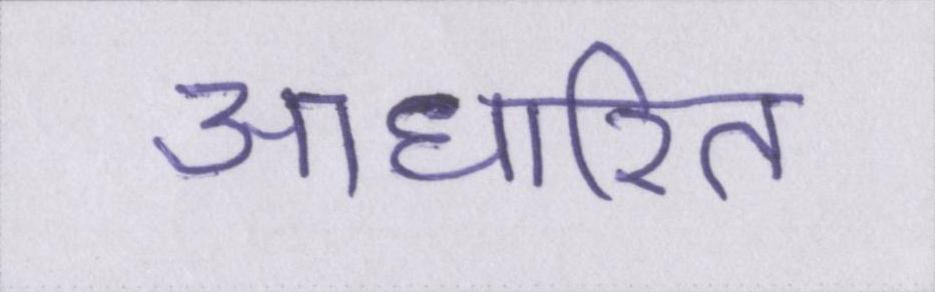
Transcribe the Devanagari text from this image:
आधारित